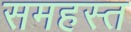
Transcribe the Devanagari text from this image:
समहस्त